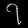
Digit: ၇